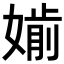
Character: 𡠡